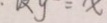
y = x